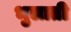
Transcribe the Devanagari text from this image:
भुलाती